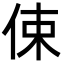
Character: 㑛